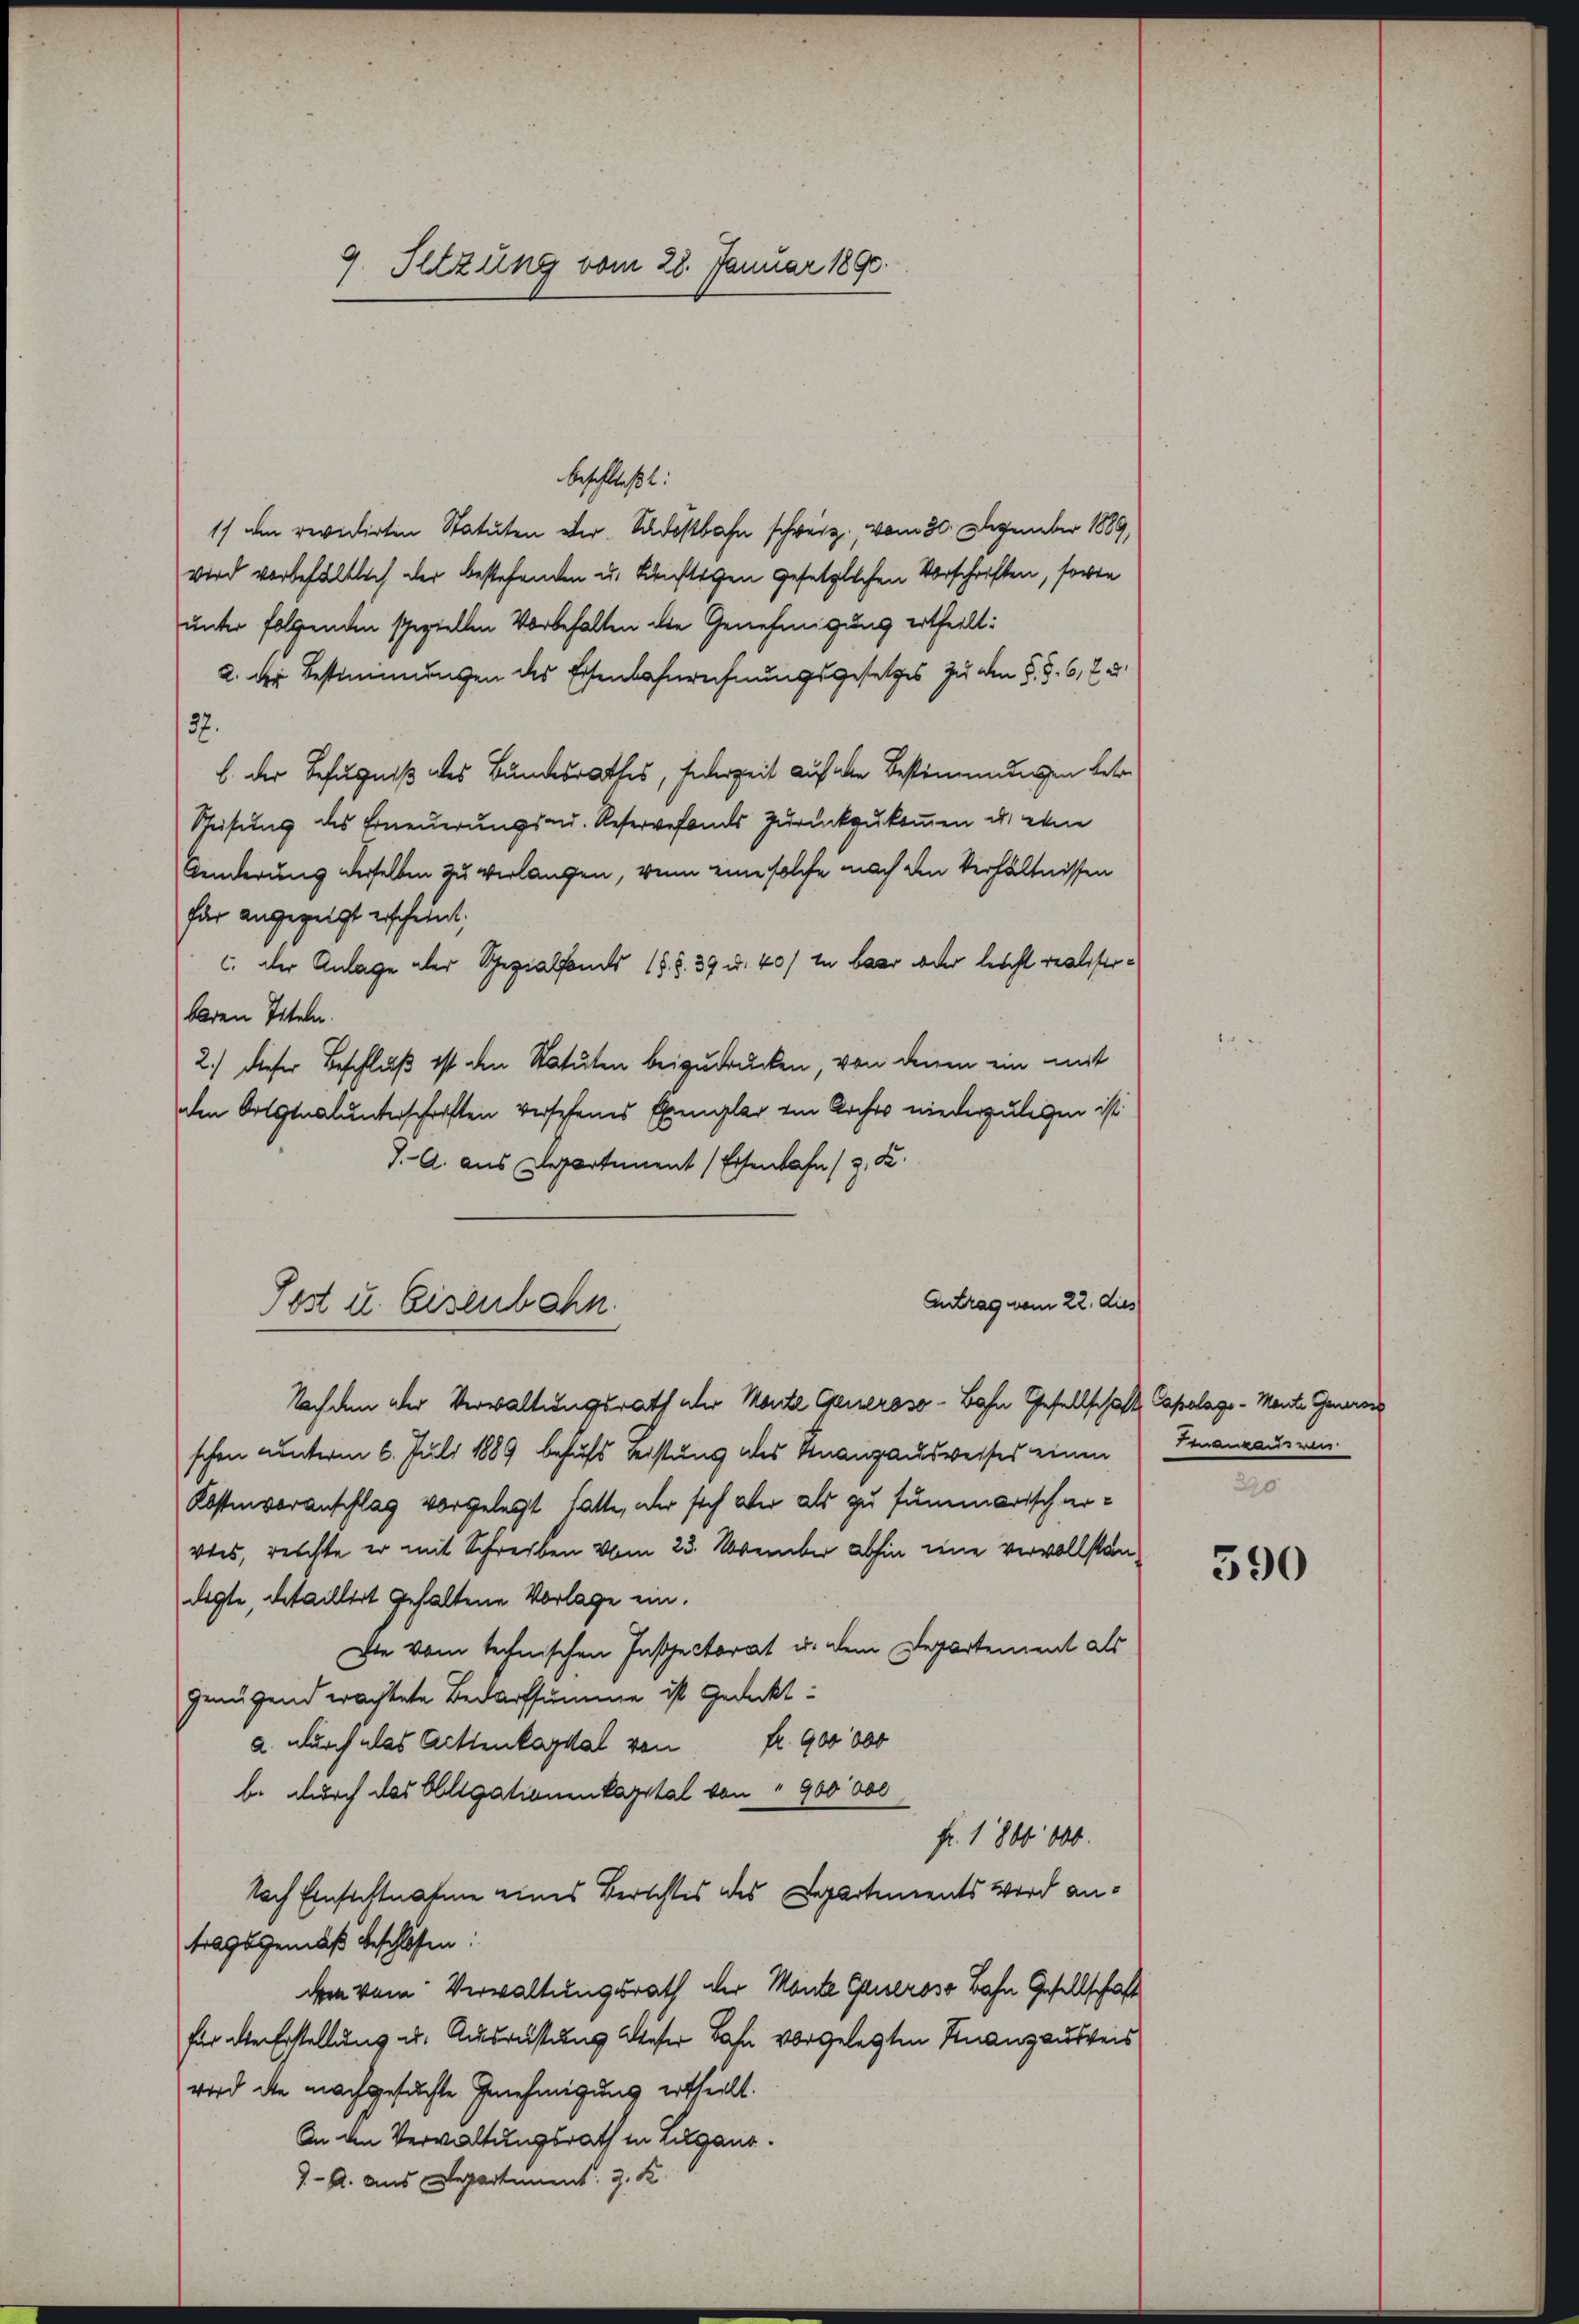
9. Setzung vom 28. Januar 1890.

Post u. Eisenbahn.

beschließt:
1) den revidirten Statuten der Sadostbahn schweiz. vom 30. Dezember 1889,
wird vorbehältlich der bestehenden u. künftigen gesetzlichen Vorschriften, sowie
unter folgenden speziellen Vorbehalten die Genehmigung ertheilt:
2. der Bestimmungen des Eisenbahnrechnungsgesetzes zu den §. §. 6, 7 u.
137.
b. der Befugniß des Bundesrathes, Federzeit auf alle Bestimmungen betr
Speisung des Erneuerungs-u. Reservefonds zurückzukommen u. etwa
Änderung derselben zu verlangen, wenn eine solche nach den Verhältnissen
für angezeigt erscheint,
c. der Anlage aber Spezialfonds 15. §. 39 u. 40/ in baar oder leicht realisterbaren Titeln.
2.) Dieser Beschluß ist den Statuten beizudrucken, von denen ein mit
den Ortsnalunterschriften versehenes Exemplar ein Archiv niederzulegen ist
J. A. aus Departement (Eisenbahn (3. K
Antrag vom 22. dies
Nachdem der Verwaltungsrath aber Monte Generoso- Bahn Gesellschaft, Capelage - Mante Generers
schen unterm 6. Juli 1889 behufs leistung des Finanzausweises einen
Kostenvoranschlag vorgelegt hatte, der sich aber als zu summarisch ervtes, reichte er mit Schreiben vom 23. November abhin eine vervollständegte, detaillert gehaltene Vorlage ein.
Die vom technischen Inspectorat u. dem Departement als
genügend erachtete Bedarfsumme ist Gedeckt
fr. 900 000
a. durch das Gittenkapital von
b. durch das Obligationenkapital von " 900 000
Fr. 1800 000.
Nach Einsichtnahme eines Berichtes des Departements wird antragsgemäß beschlossen:
de vom Verwaltungsrath der Monte Grueroso Bahn Gesellschaft
für die Erstellung u. Ausrüstung dieser Bahn vorgelegten Finanzausweis
wird die nachgesuchte Genehmigung ertheilt.
An den Verwaltungsrath in Lugano.
1.- A. aus Departement J. K.

Emanzausweis
290.

390